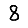
Digit: 8